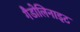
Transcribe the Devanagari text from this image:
गैडोलिनाइट